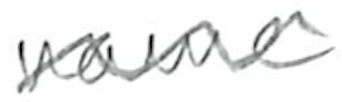
Text: name
Cross-out: wave
Writing tool: pencil